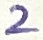
Text: 2